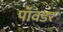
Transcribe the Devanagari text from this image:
पॉवडर